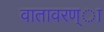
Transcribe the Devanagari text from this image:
वातावरण्ा